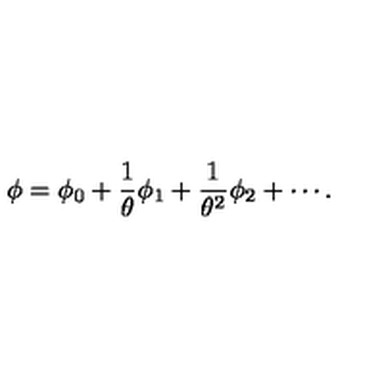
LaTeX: \phi = \phi _ { 0 } + { \frac { 1 } { \theta } } \phi _ { 1 } + { \frac { 1 } { \theta ^ { 2 } } } \phi _ { 2 } + \cdots .